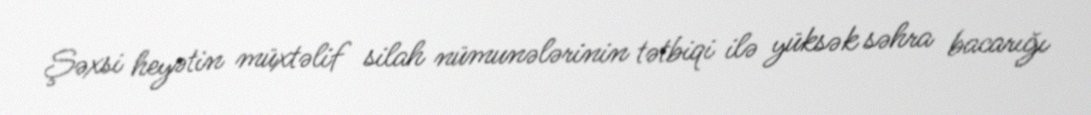
Şəxsi heyətin müxtəlif silah nümunələrinin tətbiqi ilə yüksək səhra bacarığı